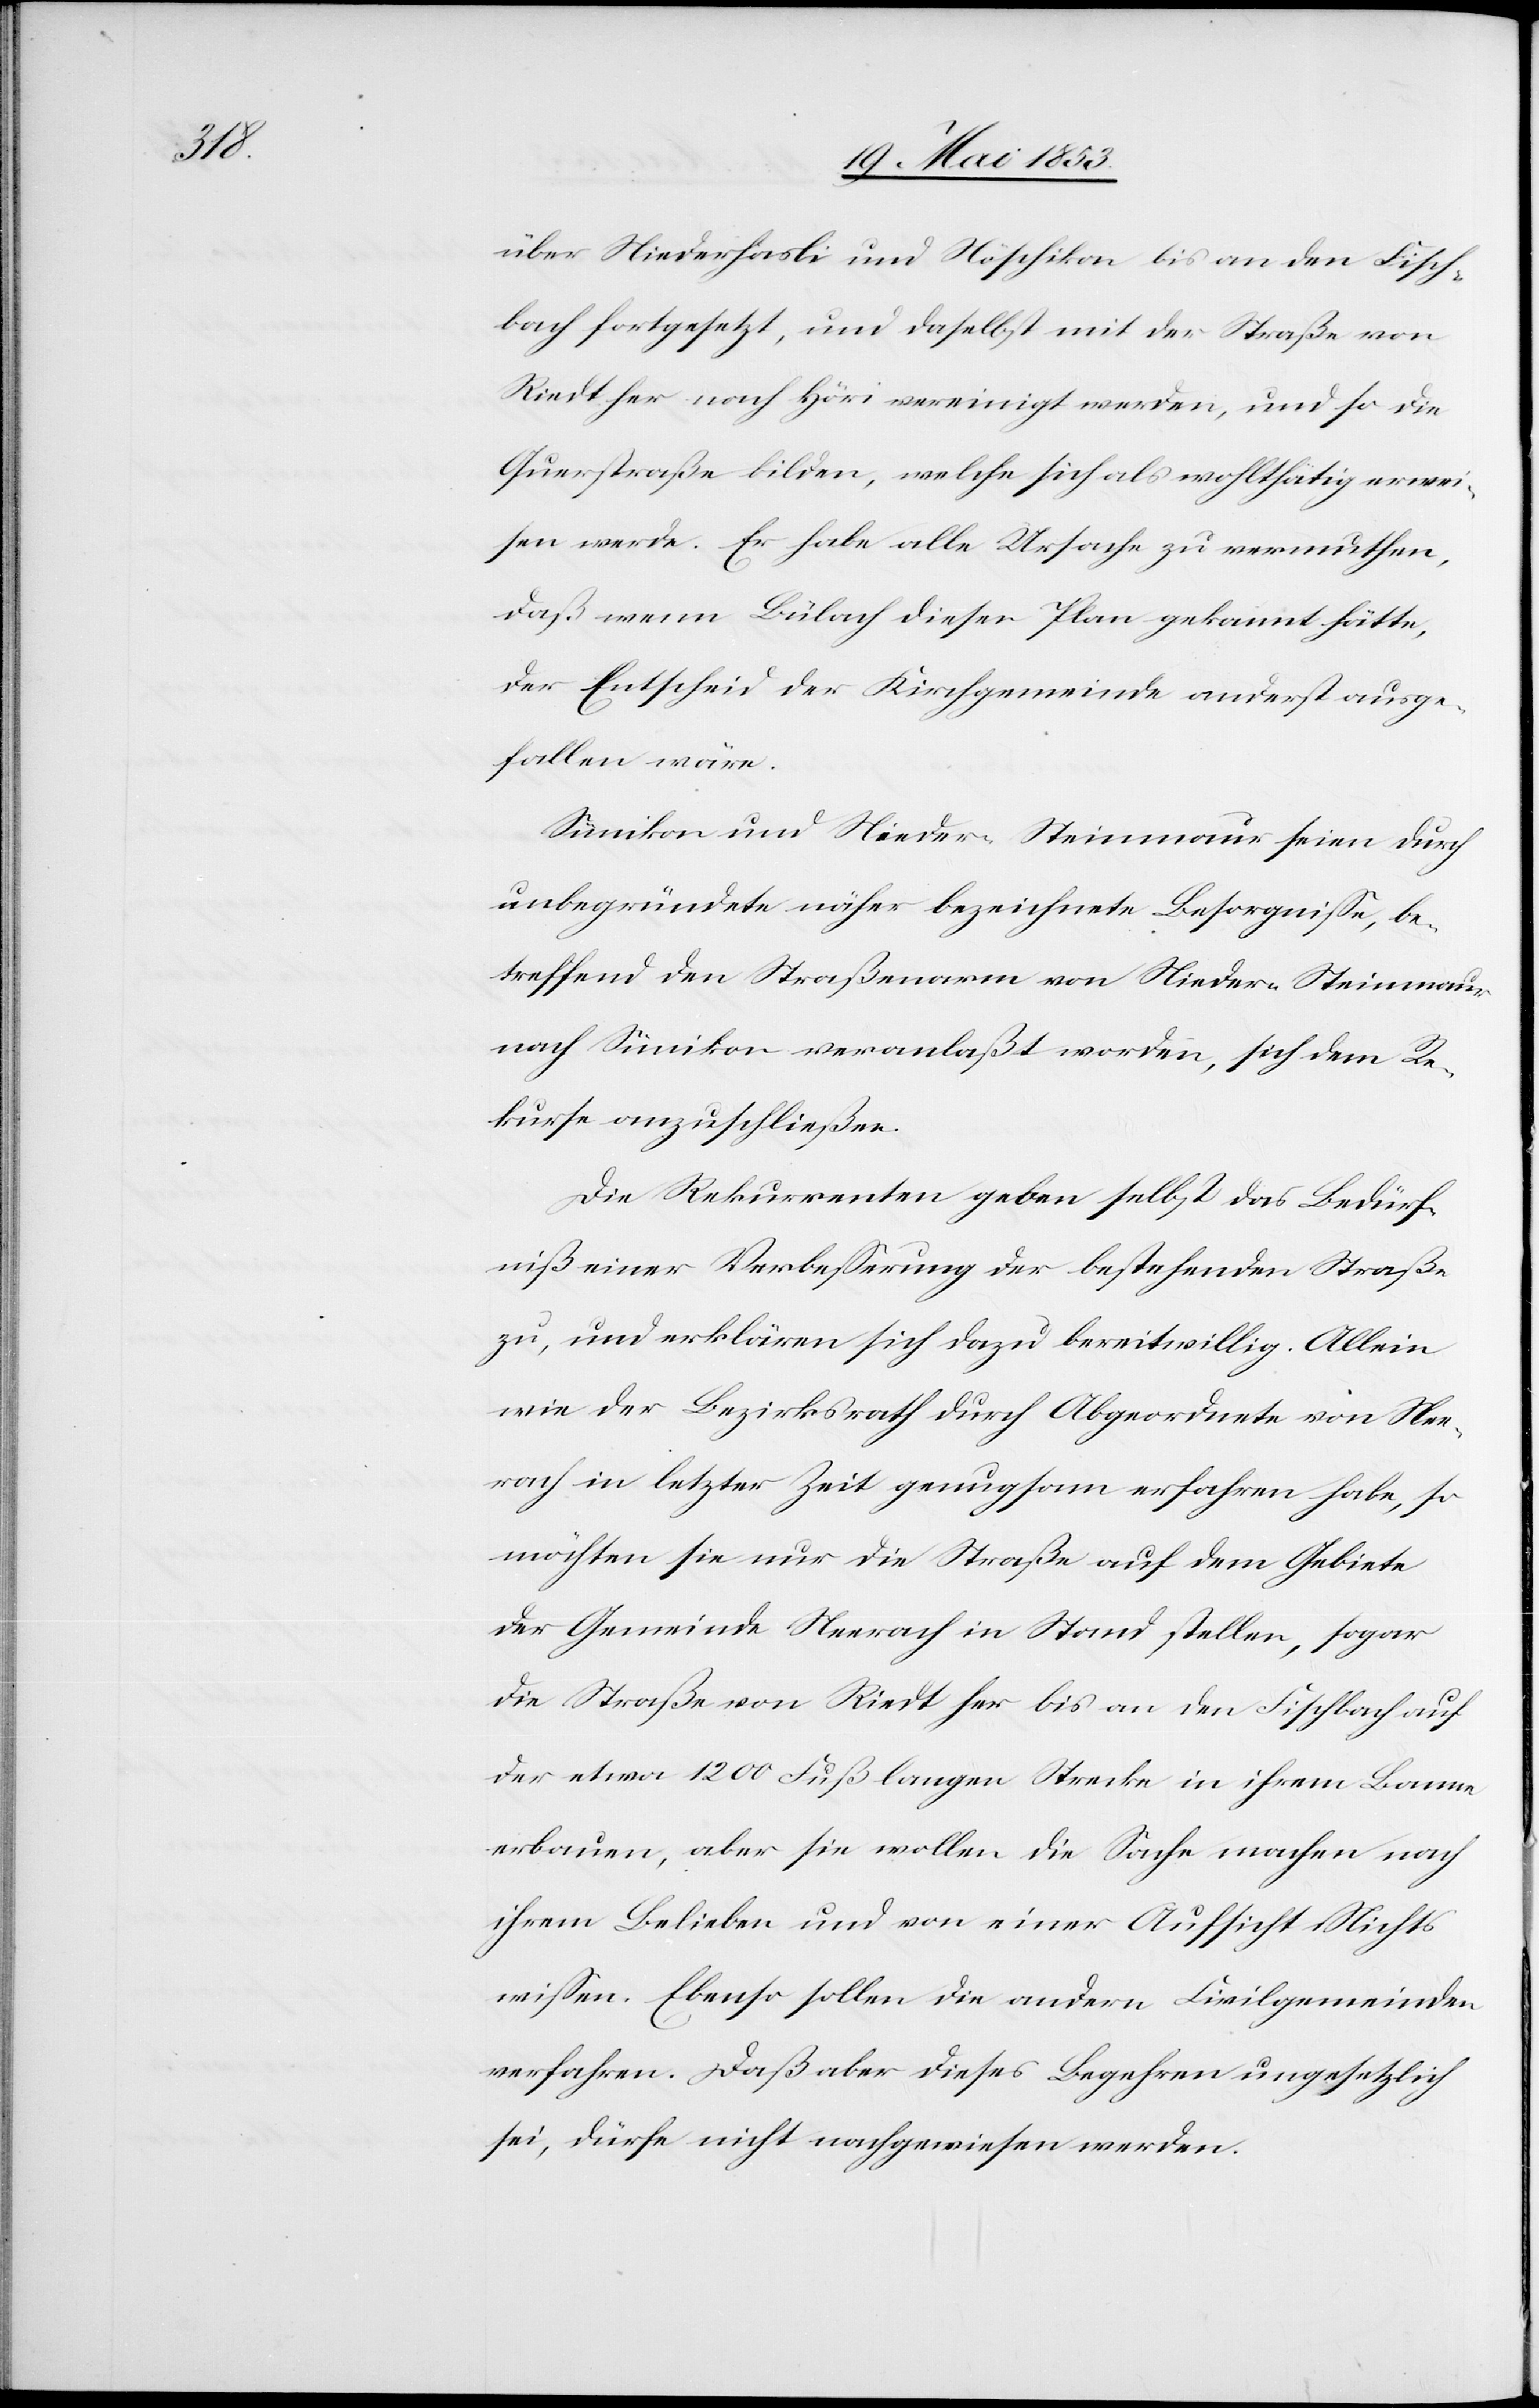
über Niederhasli und Höschikon an den Fisch¬
bach fortgesetzt, und daselbst mit der Straße von
Riedt her nach Höri vereinigt werden, und so die
Querstraße bilden, welche sich als wohlthätig erwei¬
sen werde. Er habe alle Ursache zu vermuthen,
daß wenn Bülach diesen Plan gekannt hätte,
der Entscheid der Kirchgemeinde anderst ausge¬
fallen wäre.
Sumikon und Nieder-Steinmaur seien durch
unbegründete näher bezeichnete Besorgniße, be¬
treffend den Straßenarm von Nieder-Steinmaur
nach Sümikon veranlaßt worden, sich dem Re¬
kurse anzuschließen.
Die Rekurrenten geben selbst das Bedürf¬
niß einer Verbeßerung der bestehenden Straße
zu, und erklären sich dazu bereitwillig. Allein
wie der Bezirksrath durch Abgeordnete von Nee¬
rach in letzter Zeit genugsam erfahren habe, so
möchten sie nur die Straße auf dem Gebiete
der Gemeinde Neerach in Stand stellen, sogar
die Straße von Riedt her bis an den Fischbach auf
der etwa 1200 Fuß langen Strecke in ihrem Banne
erbauen, aber sie wollen die Sache machen nach
ihrem Belieben und von einer Aufsicht Nichts
wißen. Ebenso sollen die andern Civilgemeinden
verfahren. Daß aber dieses Begehren ungesetzlich
sei, dürfe nicht nachgewiesen werden.